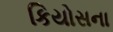
કિયોસના